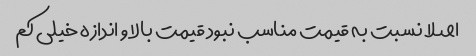
اصلا نسبت به قیمت مناسب نبود قیمت بالا و اندازه خیلی کم